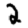
Digit: 2